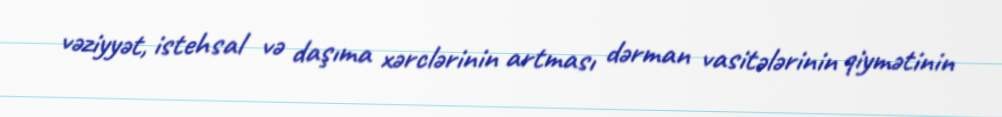
vəziyyət, istehsal və daşıma xərclərinin artması dərman vasitələrinin qiymətinin